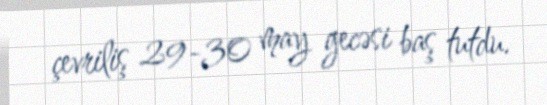
çevriliş 29-30 may gecəsi baş tutdu.